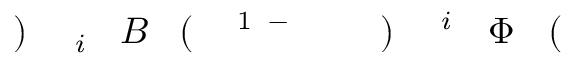
\! \! \! \! \! \! \! \! \! \! \! ( \! \! \! \! \! \! \! \! \! \! \! \! \Phi \! \! \! \! \! \! \! \! \! \! \! \! ^ { i } \! \! \! \! \! \! \! \! \! \! \! \! ) \! \! \! \! \! \! \! \! \! \! \! \! ^ { \! \! \! \! \! \! \! \! \! \! \! \! - \! \! \! \! \! \! \! \! \! \! \! \! 1 } \! \! \! \! \! \! \! \! \! \! \! \! ( \! \! \! \! \! \! \! \! \! \! \! \! B \! \! \! \! \! \! \! \! \! \! \! \! _ { i } \! \! \! \! \! \! \! \! \! \! \! \! ) \! \! \! \! \! \! \! \! \! \! \!